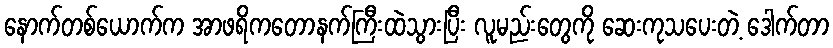
နောက်တစ်ယောက်က အာဖရိကတောနက်ကြီးထဲသွားပြီး လူမည်းတွေကို ဆေးကုသပေးတဲ့ ဒေါက်တာ